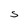
Character: S